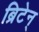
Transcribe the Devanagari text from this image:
ब्रिटेन्